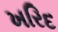
ખરિદ